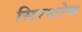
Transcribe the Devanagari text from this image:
सिरशोथ